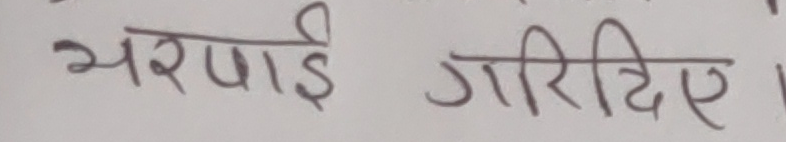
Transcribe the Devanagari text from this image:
भरपाई गरिदिए।